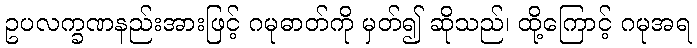
ဥပလက္ခဏနည်းအားဖြင့် ဂမုဓာတ်ကို မှတ်၍ ဆိုသည်၊ ထို့ကြောင့် ဂမုအရ